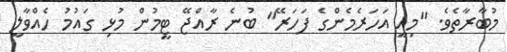
މުބާރާތެވެ. "މިއީ އަހަރެމެންގެ ފަހަރޭ" ބުނެ ރާއްޖޭ ޓީމުން މުޅި ގައުމު ހެއްވާލީ